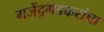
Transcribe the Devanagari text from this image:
गजेंद्रगडकरांचा